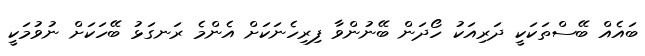
ބައެއް ބޭސްތަކަކީ ދަރިއަކު ހޯދަން ބޭނުންވާ ފިރިހެނަކަށް އެންމެ ރަނގަޅު ބޭހަކަށް ނުވުމަކީ